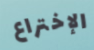
الإختراع